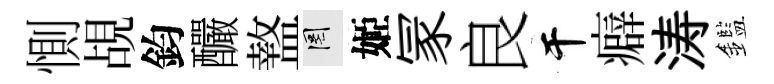
惻覘鈞釅盩罔姬冡良干癖涛鑑